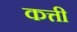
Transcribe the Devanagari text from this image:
कत्ती